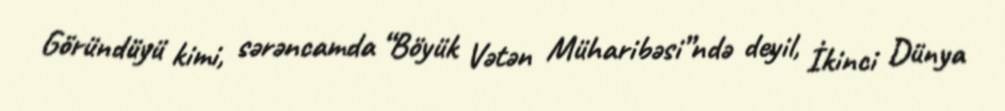
Göründüyü kimi, sərəncamda “Böyük Vətən Müharibəsi”ndə deyil, İkinci Dünya